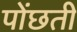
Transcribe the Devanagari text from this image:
पोंछती